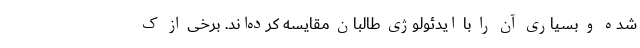
شده و بسیاری آن را با ایدئولوژی طالبان مقایسه کرده‌اند. برخی از ک